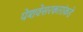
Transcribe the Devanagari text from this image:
पेशवेसरकारांकडे